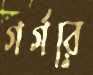
গর্‌গরে